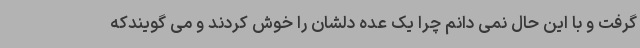
گرفت و با این حال نمی دانم چرا یک عده دلشان را خوش کردند و می گویندکه